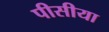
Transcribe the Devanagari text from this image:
पीसीया